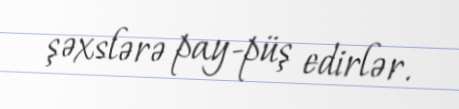
şəxslərə pay-püş edirlər.